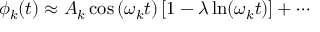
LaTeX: \phi _ { k } ( t ) \approx A _ { k } \cos \left( \omega _ { k } t \right) \left[ 1 - \lambda \ln ( \omega _ { k } t ) \right] + \cdots